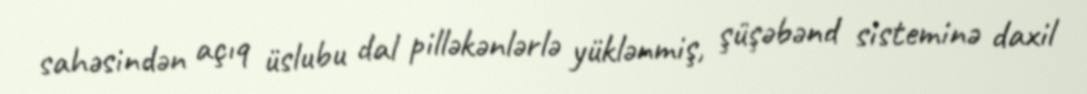
sahəsindən açıq üslubu dal pilləkənlərlə yüklənmiş, şüşəbənd sisteminə daxil